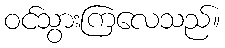
ဝင်သွားကြလေသည်။